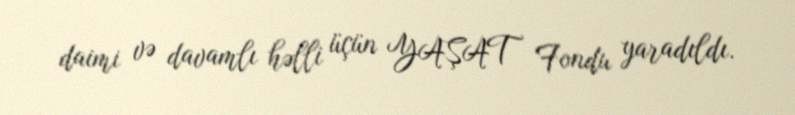
daimi və davamlı həlli üçün YAŞAT Fondu yaradıldı.